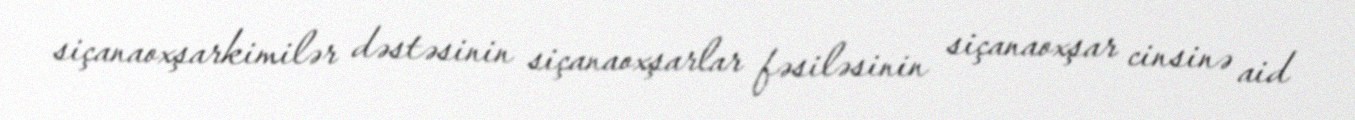
siçanaoxşarkimilər dəstəsinin siçanaoxşarlar fəsiləsinin siçanaoxşar cinsinə aid